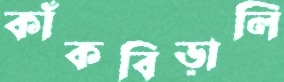
কাঁকবিড়ালি